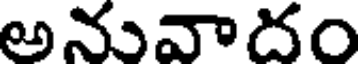
అనువాదం